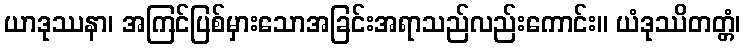
ယာဒုဿနာ၊ အကြင်ပြစ်မှားသောအခြင်းအရာသည်လည်းကောင်း။ ယံဒုဿိတတ္တံ၊